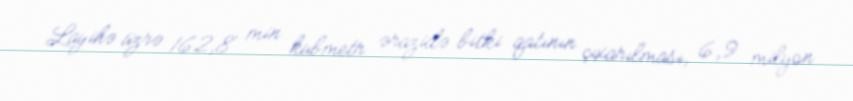
Layihə üzrə 162,8 min kubmetr ərazidə bitki qatının çıxarılması, 6,9 milyon